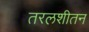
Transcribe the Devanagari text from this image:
तरलशीतन